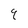
Character: 9